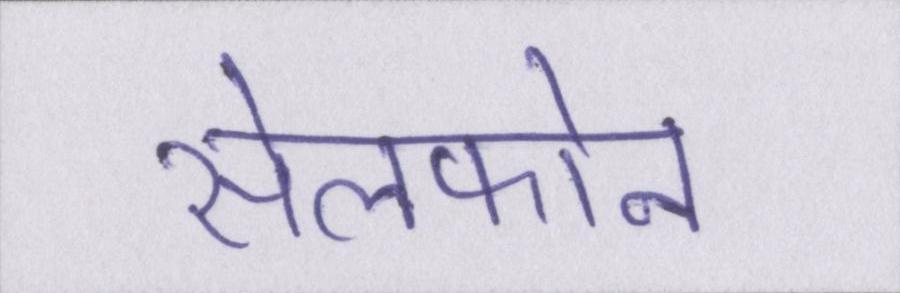
सेलफोन